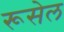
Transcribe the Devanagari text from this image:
रूसेल